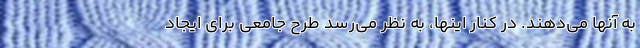
به آنها می‌دهند. در کنار اینها، به نظر می‌رسد طرح جامعی برای ایجاد